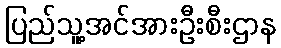
ပြည်သူ့အင်အားဦးစီးဌာန